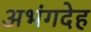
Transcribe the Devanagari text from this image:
अभंगदेह